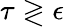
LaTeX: \tau\gtrless\epsilon